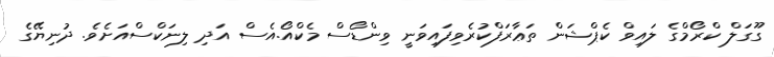
ގޫގަލް ކްރޯމްގެ ލައިވް ކެޕްޝަން ތަޢާރަފްކުރެވިފައިވަނީ ވިންޑޯސް މެކްއޯ.އެސް އަދި ލިނަކްސްއަށެވެ. ދުނިޔޭގެ